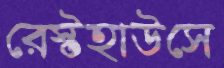
রেস্টহাউসে